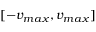
[ - v _ { m a x } , v _ { m a x } ]